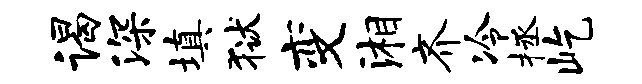
谒深填狱变湘齐冷拯屹